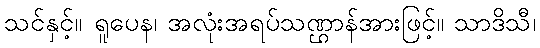
သင်နှင့်။ ရူပေန၊ အလုံးအရပ်သဏ္ဌာန်အားဖြင့်။ သာဒိသီ၊